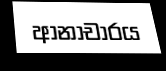
ආනාචාරය